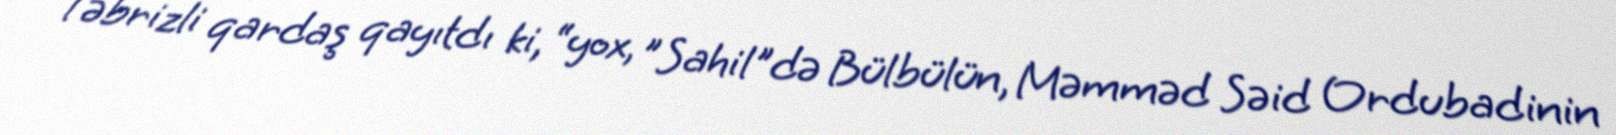
Təbrizli qardaş qayıtdı ki, “yox, ”Sahil"də Bülbülün, Məmməd Səid Ordubadinin